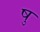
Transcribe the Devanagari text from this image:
षु